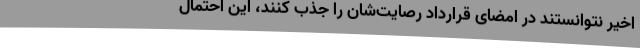
اخیر نتوانستند در امضای قرارداد رصایت‌شان را جذب کنند، این احتمال